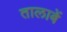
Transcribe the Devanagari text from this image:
तालाबें